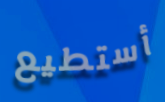
أستطيع